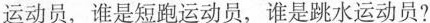
运动员，谁是跳水运动员?